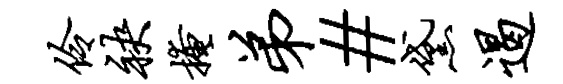
伶袂掩弟#黛遏